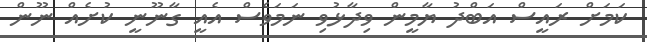
ކަމަށް ރައީސް އަބްދު ޔާމީން ވިދާޅުވި ނަމަވެސް އެއީ ގާނޫނީ ކުށެއް ނޫން